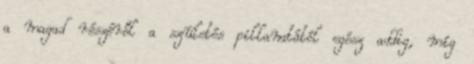
a magad részéről a születés pillanatától egész addig, míg